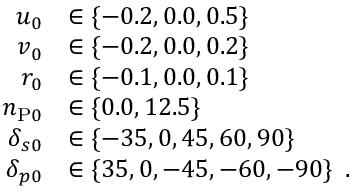
\begin{array} { r } { \begin{array} { r l } { u _ { 0 } } & { \in \{ - 0 . 2 , 0 . 0 , 0 . 5 \} } \\ { v _ { 0 } } & { \in \{ - 0 . 2 , 0 . 0 , 0 . 2 \} } \\ { r _ { 0 } } & { \in \{ - 0 . 1 , 0 . 0 , 0 . 1 \} } \\ { n _ { \mathrm { P } 0 } } & { \in \{ 0 . 0 , 1 2 . 5 \} } \\ { \delta _ { s 0 } } & { \in \{ - 3 5 , 0 , 4 5 , 6 0 , 9 0 \} } \\ { \delta _ { p 0 } } & { \in \{ 3 5 , 0 , - 4 5 , - 6 0 , - 9 0 \} \enspace . } \end{array} } \end{array}